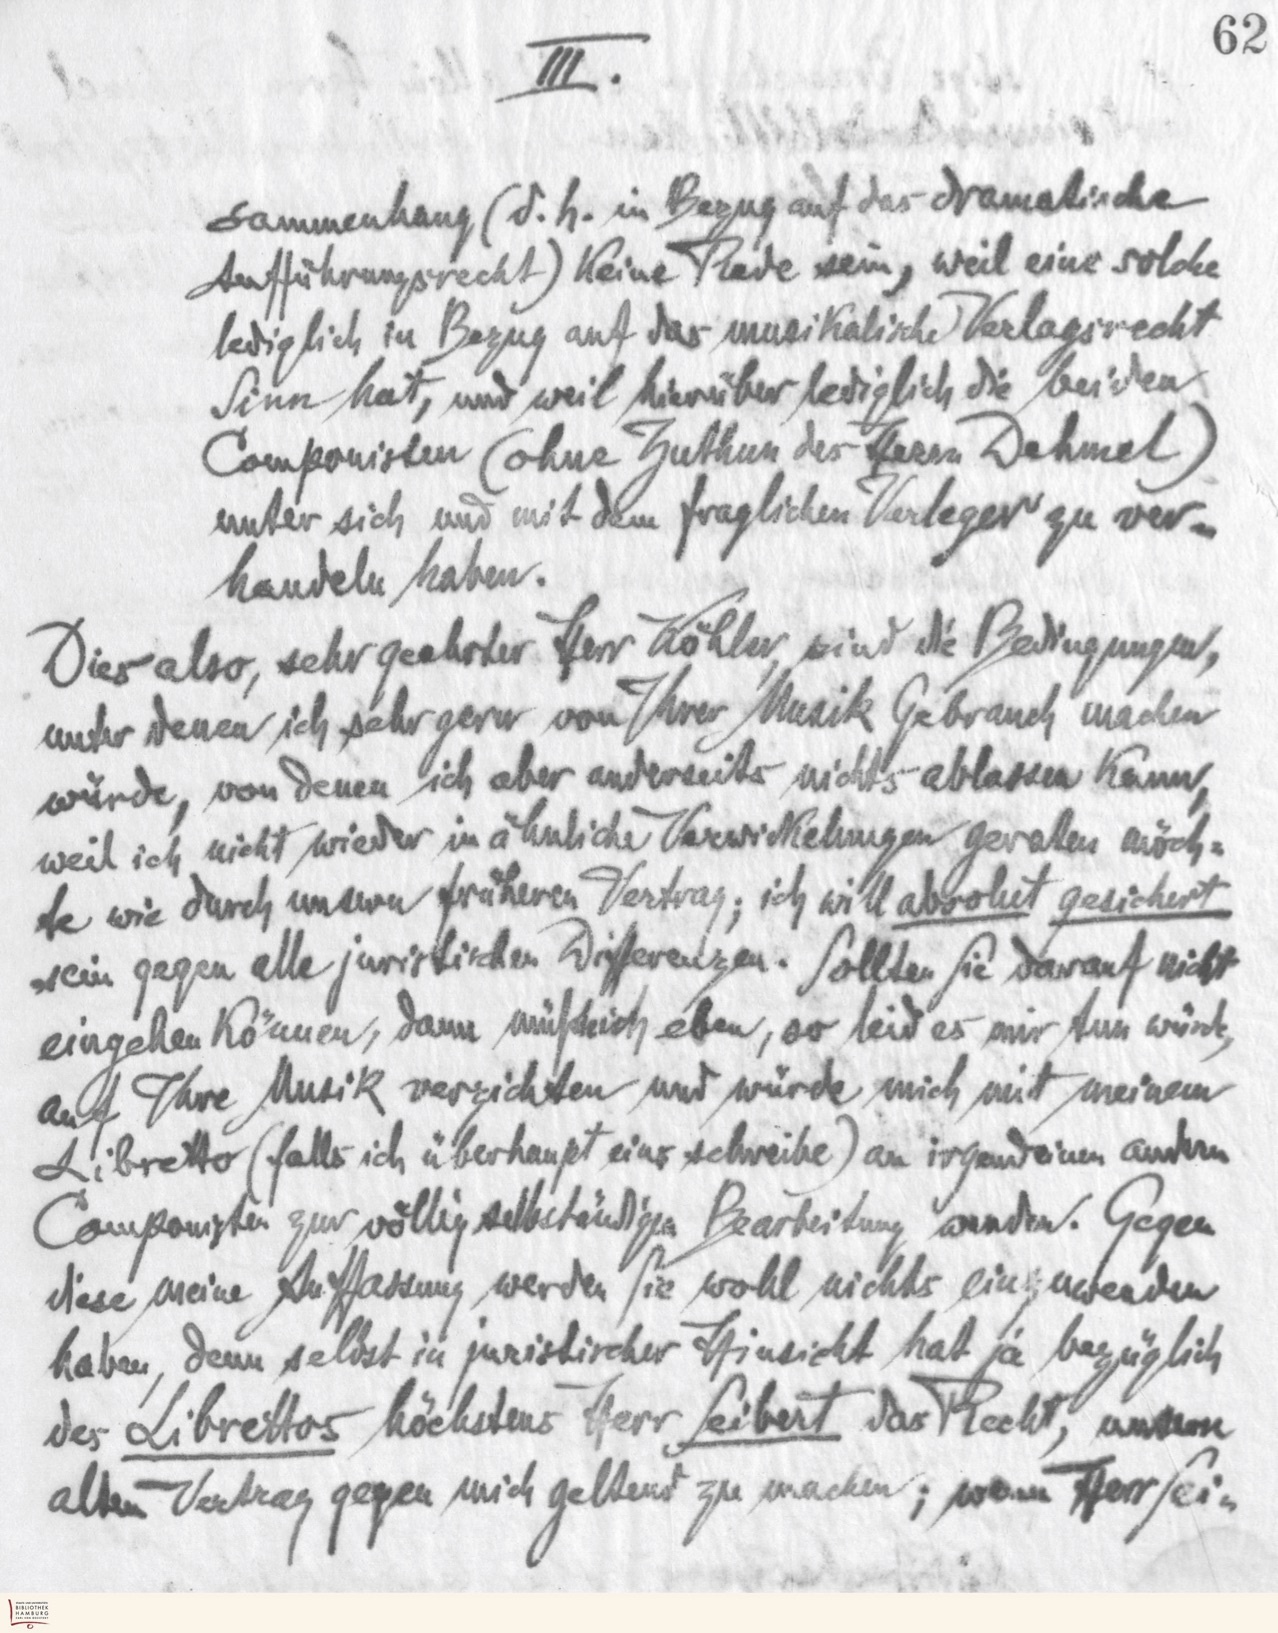
III.
sammenhang (d.h. in Bezug auf das dramatische
Aufführungsrecht) keine Rede sein, weil eine solche
lediglich in Bezug auf das musikalische Verlagsrecht
Sinn hat, und weil hierüber lediglich die beiden
Componisten (ohne Zuthun des Herrn Dehmel)
unter sich und mit dem fraglichen Verleger zu ver-
handeln haben.
Dies also, sehr geehrter Herr Köhler, sind die Bedingungen,
unter denen ich sehr gern von Ihrer Musik Gebrauch machen
würde, von denen ich aber anderseits nichts ablassen kann,
weil ich nicht wieder in ähnliche Verwickelungen geraten möch-
te wie durch unsern früheren Vertrag; ich will absolut gesichert
sein gegen alle juristischen Differenzen. Sollten Sie darauf nicht
eingehen könnten, dann müßte ich eben, so leid es mir tun würde,
auf Ihre Musik verzichten und würde mich mit meinem
Libretto (falls ich überhaupt eins schreibe) an irgendeinen anderen
Componisten zur völlig selbstständigen Bearbeitung wenden. Gegen
diese meine Auffassung werden Sie wohl nichts einzuwenden
haben, denn selbst in juristischer Hinsicht hat ja bezüglich
des Librettos höchstens Herr Seibert das Recht, unsern
alten Vertrag gegen mich geltend zu machen; wenn Herr Sei-

62